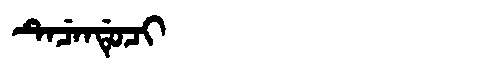
Manchu: ᡨᡝᠴᡝᠨᡩᡠᠴᡳ
Romanization: TECENDUCI